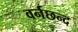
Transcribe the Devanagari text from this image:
वर्नछन्द